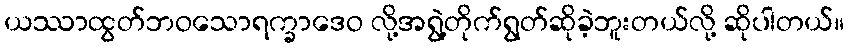
ယဿာထွတ်ဘဝသောရက္ခာဒေဝ လို့အရွဲ့တိုက်ရွတ်ဆိုခဲ့ဘူးတယ်လို့ ဆိုပါတယ်။